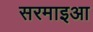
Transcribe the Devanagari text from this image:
सरमाइआ